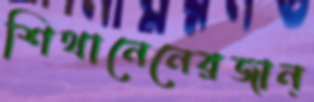
শিথানেনেরজান্